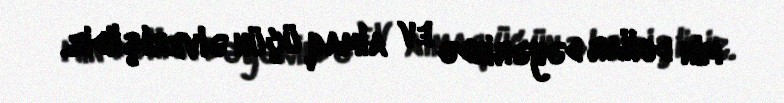
min dollar dəyərində ev almaq üçün əlverişlidir.